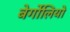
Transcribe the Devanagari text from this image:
बेर्गोलियो